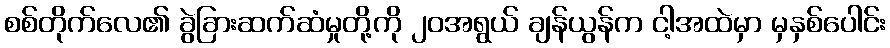
စစ်တိုက်လေ၏ ခွဲခြားဆက်ဆံမှုတို့ကို ၂၀အရွယ် ချန်ယွန်က ငါ့အထဲမှာ မှနှစ်ပေါင်း